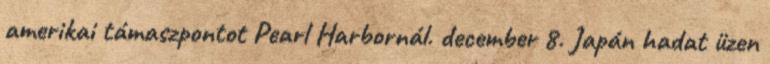
amerikai támaszpontot Pearl Harbornál. december 8. Japán hadat üzen